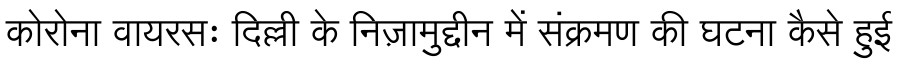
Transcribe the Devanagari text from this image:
कोरोना वायरसः दिल्ली के निज़ामुद्दीन में संक्रमण की घटना कैसे हुई